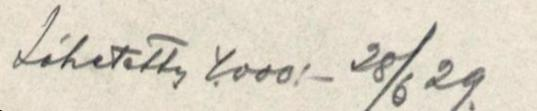
Lähetetty 4.000:- 28/6 29.